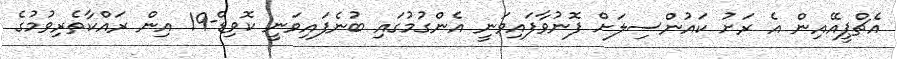
އެޗްޕީއޭއިން އެ ރަށު ކައުންސިލަށް ފޮނުވާފައިވަނީ އެންގުމުގައި ބުނެފައިވަނީ ކޮވިޑް-19 އިން ރައްކާތެރިވުމުގެ